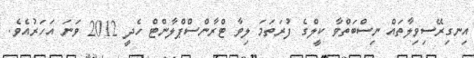
އިނގިރޭސިވިލާތައް ނިސްބަތްވާ ކީލްގެ ފުރަތަމަ ލިވާ ޓްރާންސްޕްލާންޓް ހެދީ 2012 ވަނަ އަހަރުއެވެ.